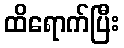
ထိရောက်ပြီး